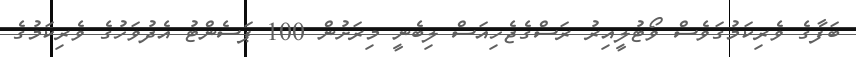
ބަފާގެ ވެރިކަމުގަވެސް ވޯޓުލީއިރު ރަސްގެޖެހިއަސް ލިބެނީ މިރަށުން 100 ޕަސެންޓު އެދުވަހުގެ ވެރިކަމުގެ